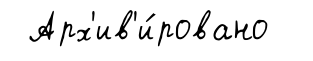
Арх'ив'и́ровано